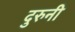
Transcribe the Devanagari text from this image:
दुरुनी